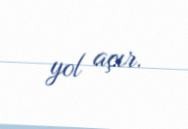
yol açır.